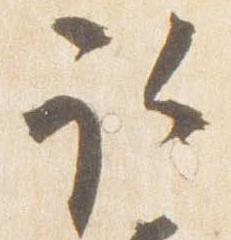
取